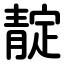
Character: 靛